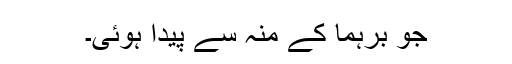
جو برہما کے منہ سے پیدا ہوئی۔